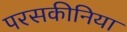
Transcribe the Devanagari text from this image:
परसकीनिया